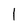
Character: l